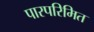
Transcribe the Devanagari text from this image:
पारपरिमित